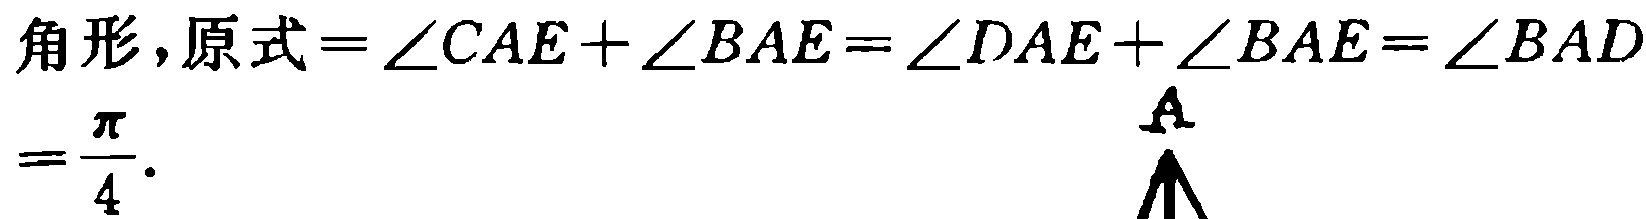
角形, 原式$=\angle CAE+\angle BAE=\angle DAE+\angle BAE=\angle BAD=\frac{\pi}{4}.$
\[\begin{matrix}
 & & A \\
 & \diagup &  \\
 & &  \\
\end{matrix}\]